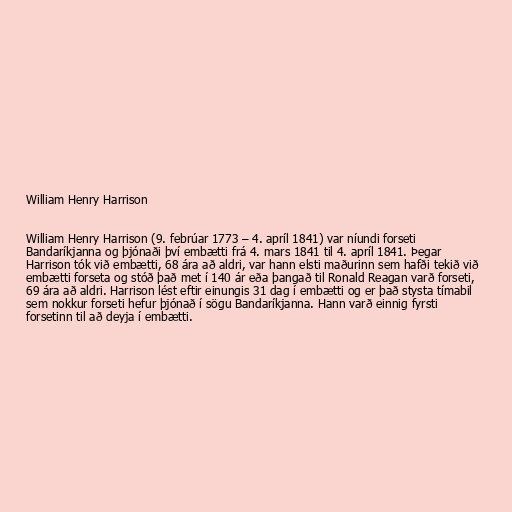
William Henry Harrison

William Henry Harrison (9. febrúar 1773 – 4. apríl 1841) var níundi forseti
Bandaríkjanna og þjónaði því embætti frá 4. mars 1841 til 4. apríl 1841. Þegar
Harrison tók við embætti, 68 ára að aldri, var hann elsti maðurinn sem hafði tekið við
embætti forseta og stóð það met í 140 ár eða þangað til Ronald Reagan varð forseti,
69 ára að aldri. Harrison lést eftir einungis 31 dag í embætti og er það stysta tímabil
sem nokkur forseti hefur þjónað í sögu Bandaríkjanna. Hann varð einnig fyrsti
forsetinn til að deyja í embætti.